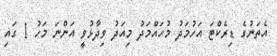
އެތަނުގެ ޑިރެކްޓަ އަހުމަދު މުހައްމަދު މިއަދު ވިދާޅުވީ އަންނަ މަހު 1 ގައި